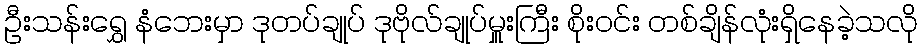
ဦးသန်းရွှေ နံဘေးမှာ ဒုတပ်ချုပ် ဒုဗိုလ်ချုပ်မှူးကြီး စိုးဝင်း တစ်ချိန်လုံးရှိနေခဲ့သလို